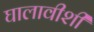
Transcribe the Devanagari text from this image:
घालावीशी